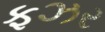
ફઝર